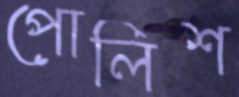
পোলিশ